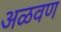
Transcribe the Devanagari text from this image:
अळवण